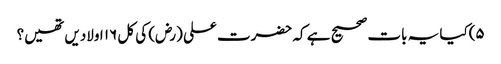
۵)کیا یہ بات صحیح ہے کہ حضرت علی (رض) کی کل ۱۶ اولادیں تھیں؟